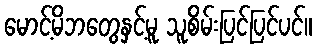
မောင့်မိဘတွေနှင့်မူ သူစိမ်းပြင်ပြင်ပင်။